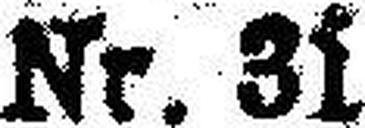
Nr. 31